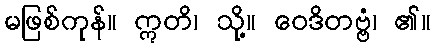
မဖြစ်ကုန်။ ဣတိ၊ သို့။ ဝေဒိတဗ္ဗံ၊ ၏။